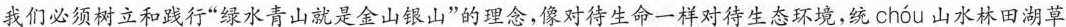
我们必须树立和践行”绿水青山就是金山银山”的理念，像对待生命一样对待生态环境，统 chóu 山水林田湖草